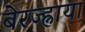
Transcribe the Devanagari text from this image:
बेरज्ह्नाया